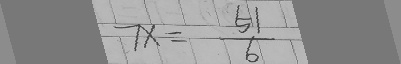
7 x = \frac { 5 1 } { 6 }